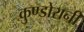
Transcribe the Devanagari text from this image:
कुण्‍डोरानी